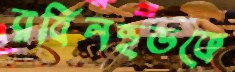
রবিনহুডকে